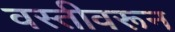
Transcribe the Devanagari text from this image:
वस्तीवरून